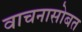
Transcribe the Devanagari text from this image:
वाचनासोबत